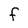
Character: F